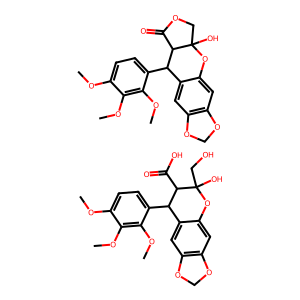
SMILES: COc1ccc(C2c3cc4c(cc3OC(O)(CO)C2C(=O)O)OCO4)c(OC)c1OC.COc1ccc(C2c3cc4c(cc3OC3(O)COC(=O)C23)OCO4)c(OC)c1OC
Inhibits HIV replication: No